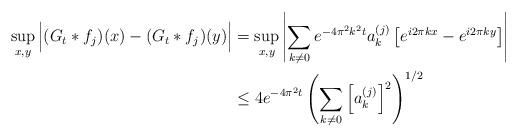
LaTeX: \begin{align*}\sup_{x,y} \Big|(G_t*f_j) (x) - (G_t*f_j) (y)\Big| &= \sup_{x,y}\left| \sum_{k\ne 0} e^{-4\pi^2 k^2 t} a_k^{(j)} \left[e^{i2\pi k x} -e^{i2\pi k y}\right]\right| \\&\le 4 e^{-4\pi^2 t}\left(\sum_{k \ne 0} \left[a_k^{(j)}\right]^2\right)^{1/2}\end{align*}